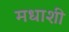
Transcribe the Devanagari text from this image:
मधाशी